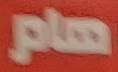
هام